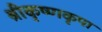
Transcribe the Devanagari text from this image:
श्रीकृष्णकृपा